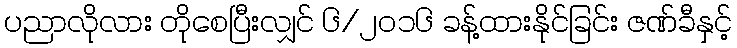
ပညာလိုလား တိုစေပြီးလျှင် ၆/၂၀၁၆ ခန့်ထားနိုင်ခြင်း ဇဏ်ခီနှင့်